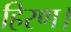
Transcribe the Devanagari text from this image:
हिरण।